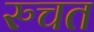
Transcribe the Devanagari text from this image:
रुचत